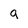
Character: 9